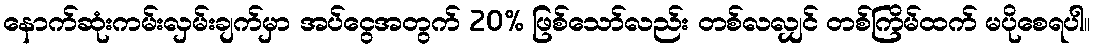
နောက်ဆုံးကမ်းလှမ်းချက်မှာ အပ်ငွေအတွက် 20% ဖြစ်သော်လည်း တစ်လလျှင် တစ်ကြိမ်ထက် မပိုစေရပါ။